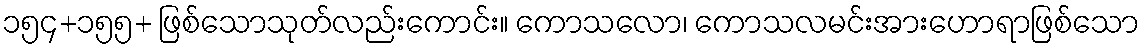
၁၅၄+၁၅၅+ ဖြစ်သောသုတ်လည်းကောင်း။ ကောသလော၊ ကောသလမင်းအားဟောရာဖြစ်သော